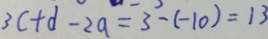
3 c + d - 2 a = 3 - ( - 1 0 ) = 1 3